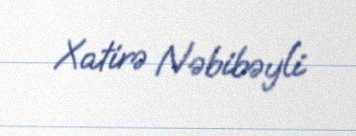
Xatirə Nəbibəyli